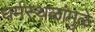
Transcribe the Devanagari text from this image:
धर्मस्थळांमुळे